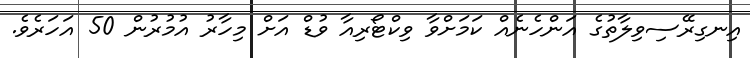
އިނގިރޭސިވިލާތުގެ އަންހެނެއް ކަމަށްވާ ވިކްޓޯރިއާ ވުޑް އަށް މިހާރު އުމުރުން 50 އަހަރެވެ.